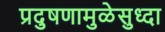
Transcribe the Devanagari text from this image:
प्रदुषणामुळेसुध्दा